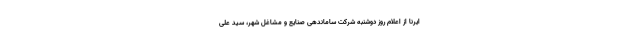
ایرنا از اعلام روز دوشنبه شرکت ساماندهی صنایع و مشاغل شهر، سید علی